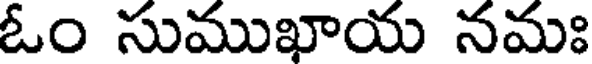
ఓం సుముఖాయ నమః